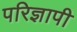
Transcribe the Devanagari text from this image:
परिज्ञापी